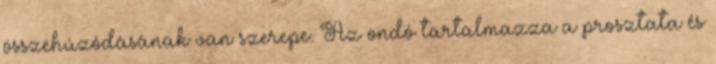
összehúzódásának van szerepe. Az ondó tartalmazza a prosztata és